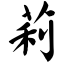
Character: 莉